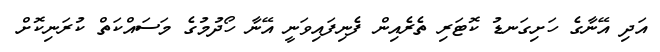
އަދި އޭނާގެ ހަށިގަނޑު ކޮޓަރި ތެރެއިން ފެނިފައިވަނީ އޭނާ ހޯދުމުގެ މަސައްކަތް ކުރަނިކޮށް